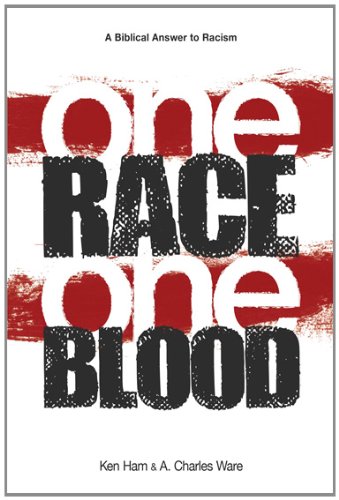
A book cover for One Race One Blood; Ken Ham; Christian Books & Bibles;